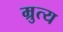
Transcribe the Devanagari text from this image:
म्रुत्य